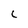
Character: C